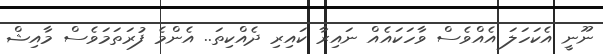
ނޫނީ އެކަހަލަ އެއްވެސް ވާހަކައެއް ނައިރާ ކައިރި ދެއްކިތަ.. އެންމެ ފުރަތަމަވެސް މާއިޝް